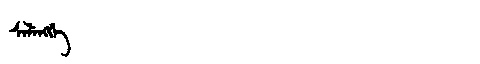
Manchu: ᠰᡝᠯᡝᠩᡤᡝ
Romanization: SELENGGE